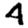
Digit: 4